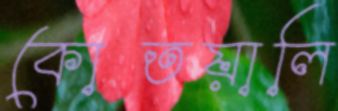
কোতয়ালি